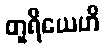
တူရိယေဟိ